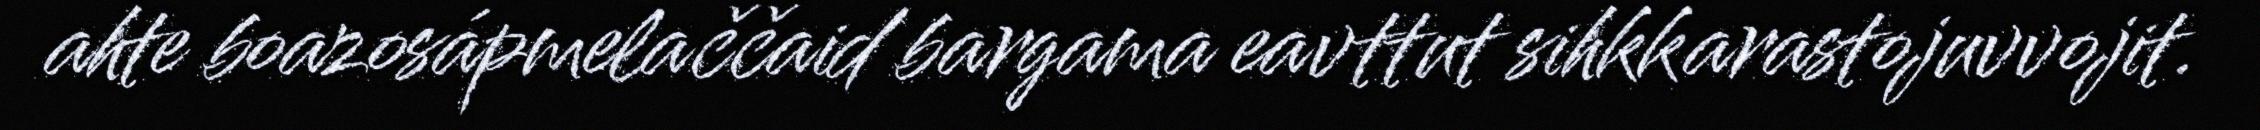
ahte boazosápmelaččaid bargama eavttut sihkkarastojuvvojit.